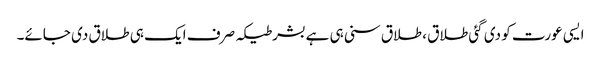
ایسی عورت کو دی گئی طلاق ، طلاق سنی ہی ہےبشرطیکہ صرف ایک ہی طلاق دی جائے۔